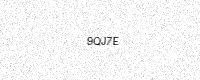
Text: 9QJ7E